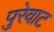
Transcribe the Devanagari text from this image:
पुरेवाट